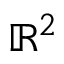
\mathbb { R } ^ { 2 }